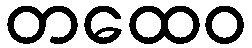
တထေဝ